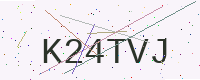
Text: K24TVJ